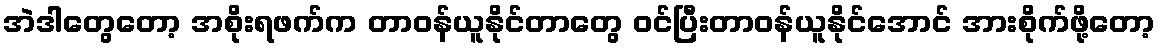
အဲဒါတွေတော့ အစိုးရဖက်က တာဝန်ယူနိုင်တာတွေ ဝင်ပြီးတာဝန်ယူနိုင်အောင် အားစိုက်ဖို့တော့